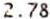
2.78